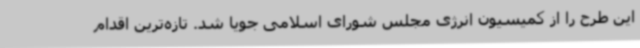
این طرح را از کمیسیون انرژی مجلس شورای اسلامی جویا شد. تازه‌ترین اقدام